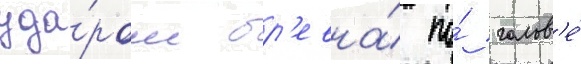
уда́ром бр'евна́ по́ голов'е́